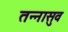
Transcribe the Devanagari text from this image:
तन्नासुव